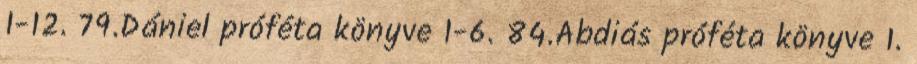
1-12. 79.Dániel próféta könyve 1-6. 84.Abdiás próféta könyve 1.